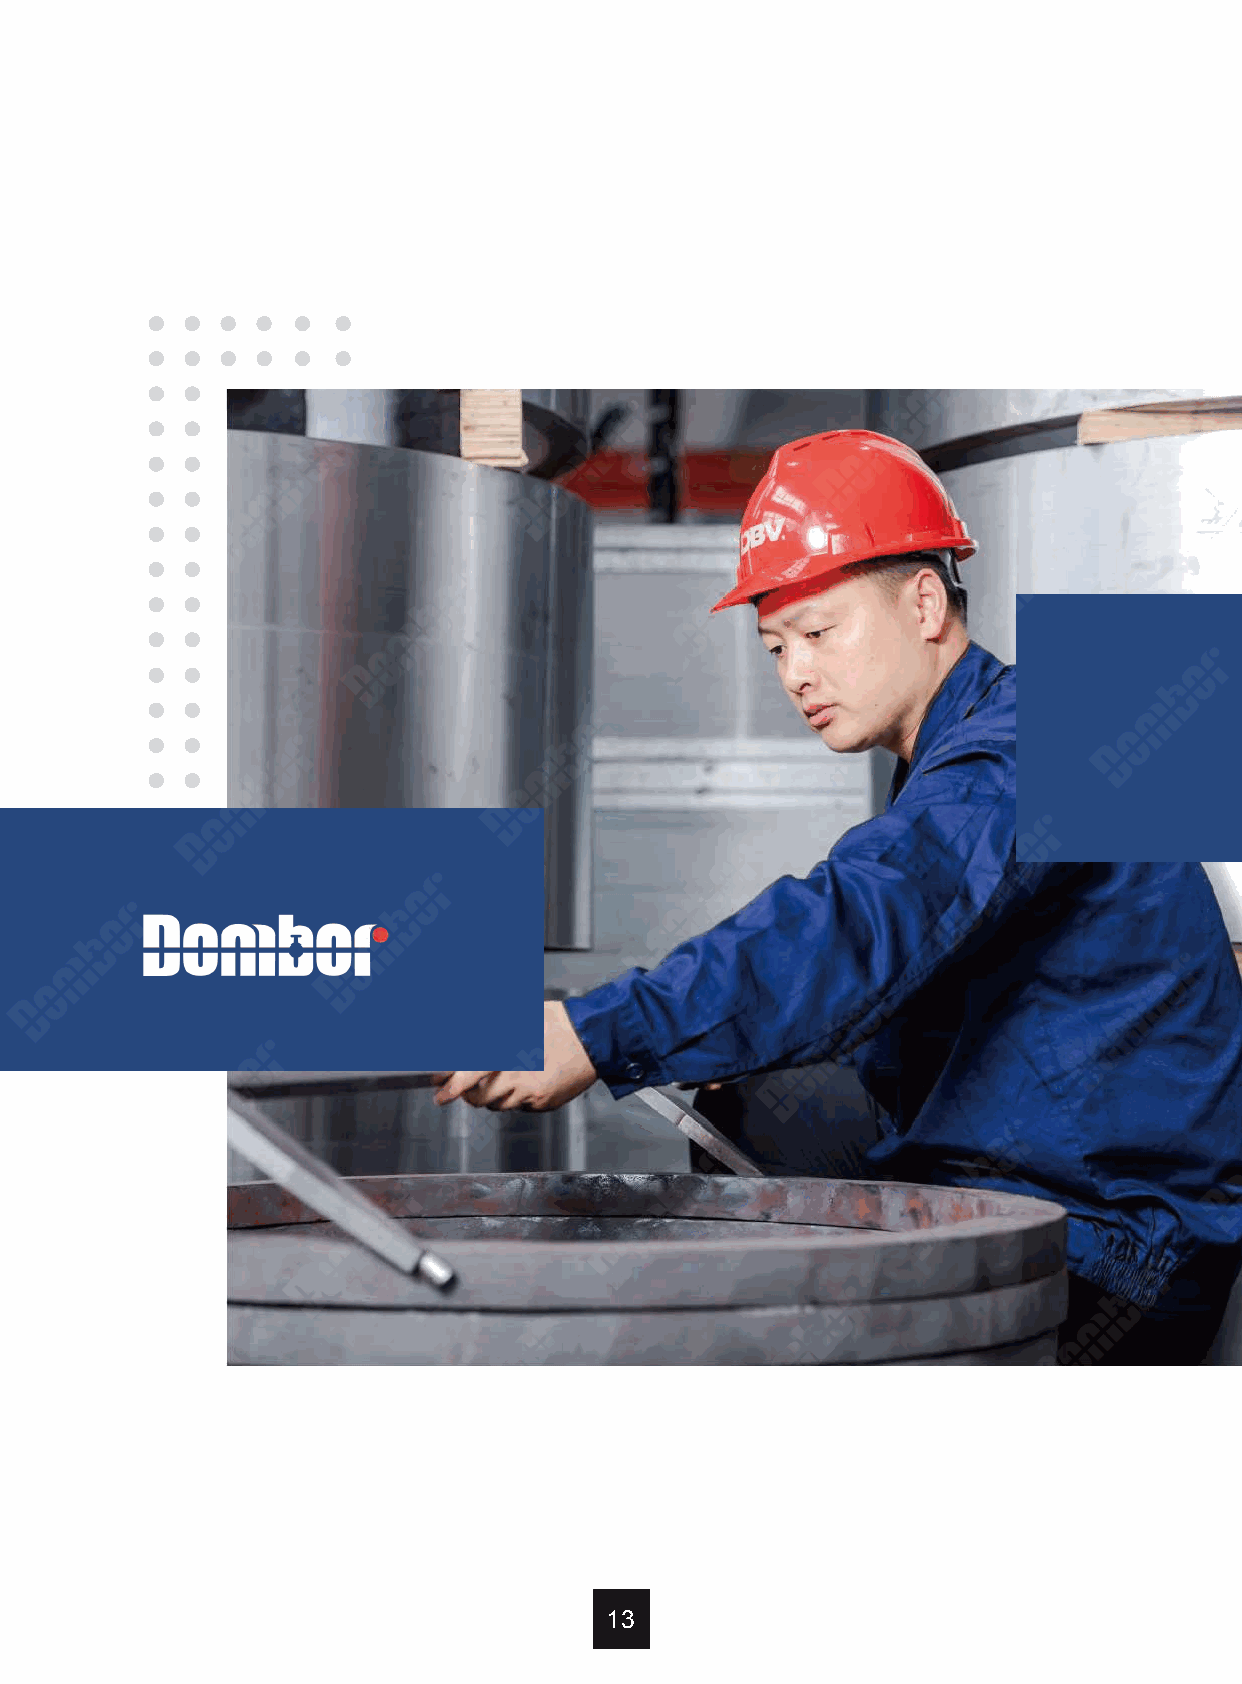
． ．  ． ．  ． ．
 ． ．
 • •  • •
 ． ．
 ． ．
 ． ．
 ． ．
 ． ．
 ． ．
 ． ．
 ． ．
 ． ．
 ． ．
 ． ．
 ． ．
 13